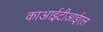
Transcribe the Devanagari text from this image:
काआईटीआईएल